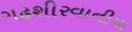
ગઢશીરવાનીયા